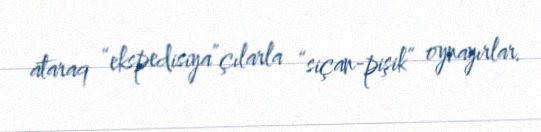
ataraq “ekspedisiya”çılarla “siçan-pişik” oynayırlar.